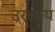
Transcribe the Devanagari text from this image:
उरलाय